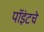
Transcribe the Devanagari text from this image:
पॉइंटचे